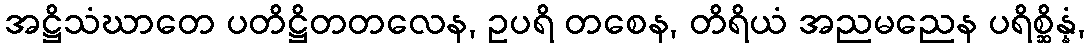
အဋ္ဌိသံဃာတေ ပတိဋ္ဌိတတလေန, ဥပရိ တစေန, တိရိယံ အညမညေန ပရိစ္ဆိန္နံ,